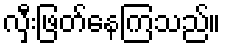
လှီးဖြတ်နေကြသည်။